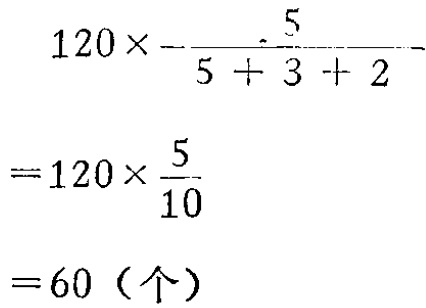
\[

\begin{align*}

&120\times\frac{5}{5 + 3 + 2}\\

=&120\times\frac{5}{10}\\

=&60（个）

\end{align*}

\]